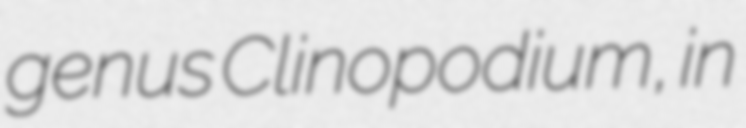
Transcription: genus Clinopodium, in